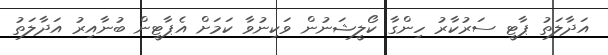
އަދާލަތު ޕާޓީ ސަރުކާރު ހިންގާ ކޯލީޝަނުން ވަކިނުވާ ކަމަށް އެޕާޓީން ބުނާއިރު އަދާލަތު